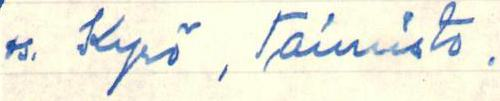
os. Kyrö, Taimisto .